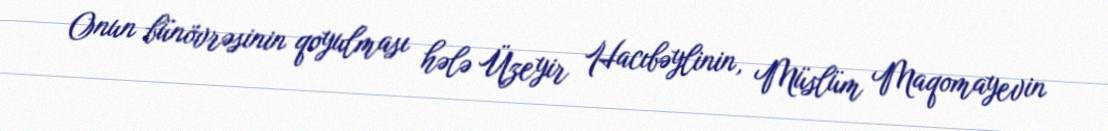
Onun bünövrəsinin qoyulması hələ Üzeyir Hacıbəylinin, Müslüm Maqomayevin